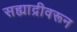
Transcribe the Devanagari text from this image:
सह्याद्रीवरून